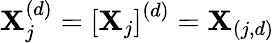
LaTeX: \mathbf{X}_{j}^{(d)}=\left[\mathbf{X}_{j}\right]^{(d)}=\mathbf{X}_{(j,d)}